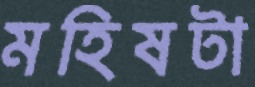
মহিষটা